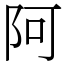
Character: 阿